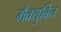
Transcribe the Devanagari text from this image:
मैक्युबिन